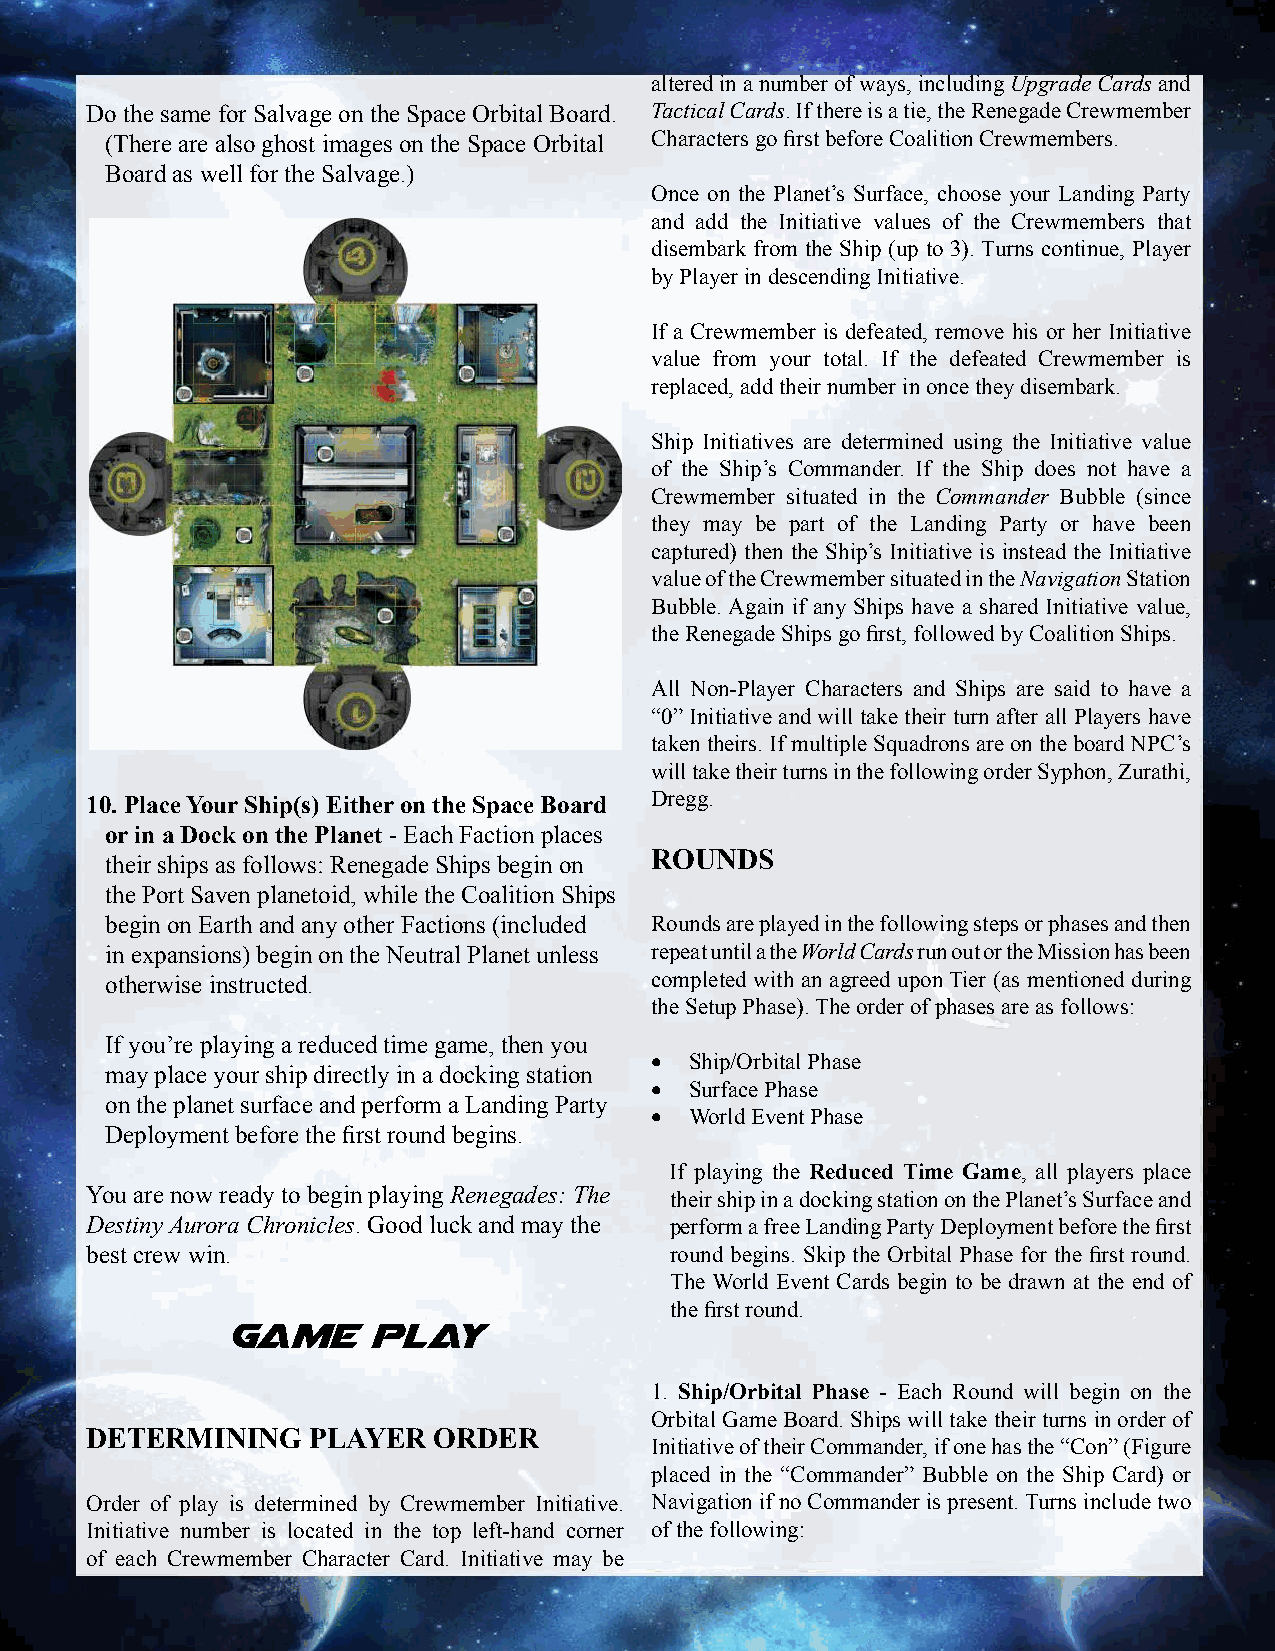
altered in a number of ways, including Upgrade Cards and
 Do the same for Salvage on the Space Orbital Board. Tactical Cards. If there is a tie, the Renegade Crewmember
 (There are also ghost images on the Space Orbital Characters go fi rst before Coalition Crewmembers.
 Board as well for the Salvage.)
 Once on the Planet’s Surface, choose your Landing Party
 and add the Initiative values of the Crewmembers that
 disembark from the Ship (up to 3). Turns continue, Player
 by Player in descending Initiative.
 If a Crewmember is defeated, remove his or her Initiative
 value from your total. If the defeated Crewmember is
 replaced, add their number in once they disembark.
 Ship Initiatives are determined using the Initiative value
 of the Ship’s Commander. If the Ship does not have a
 Crewmember situated in the Commander Bubble (since
 they may be part of the Landing Party or have been
 captured) then the Ship’s Initiative is instead the Initiative
 value of the Crewmember situated in the Navigation Station
 Bubble. Again if any Ships have a shared Initiative value,
 the Renegade Ships go fi rst, followed by Coalition Ships.
 All Non-Player Characters and Ships are said to have a
 “0” Initiative and will take their turn after all Players have
 taken theirs. If multiple Squadrons are on the board NPC’s
 will take their turns in the following order Syphon, Zurathi,
 10. Place Your Ship(s) Either on the Space Board Dregg.
 or in a Dock on the Planet - Each Faction places
 ROUNDS
 their ships as follows: Renegade Ships begin on
 the Port Saven planetoid, while the Coalition Ships
 begin on Earth and any other Factions (included Rounds are played in the following steps or phases and then
 in expansions) begin on the Neutral Planet unless repeat until a the World Cards run out or the Mission has been
 otherwise instructed.               completed with an agreed upon Tier (as mentioned during
 the Setup Phase). The order of phases are as follows:
 If you’re playing a reduced time game, then you
 •  Ship/Orbital Phase
 may place your ship directly in a docking station
 •  Surface Phase
 on the planet surface and perform a Landing Party
 •  World Event Phase
 Deployment before the fi rst round begins.
 If playing the Reduced Time Game, all players place
 You are now ready to begin playing Renegades: The their ship in a docking station on the Planet’s Surface and
 Destiny Aurora Chronicles. Good luck and may the perform a free Landing Party Deployment before the fi rst
 best crew win.                        round begins. Skip the Orbital Phase for the fi rst round.
 The World Event Cards begin to be drawn at the end of
 GAME      PLAY               the fi rst round.
 1. Ship/Orbital Phase - Each Round will begin on the
 Orbital Game Board. Ships will take their turns in order of
 DETERMINING   PLAYER   ORDER
 Initiative of their Commander, if one has the “Con” (Figure
 placed in the “Commander” Bubble on the Ship Card) or
 Order of play is determined by Crewmember Initiative. Navigation if no Commander is present. Turns include two
 Initiative number is located in the top left-hand corner of the following:
 of each Crewmember Character Card. Initiative may be